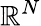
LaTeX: \mathbb{R}^{N}